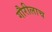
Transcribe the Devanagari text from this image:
गौरीलाच